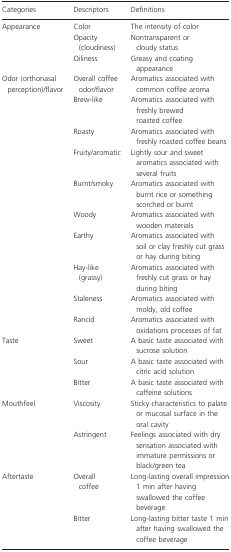
<table><thead><tr><td><b>Categories</b></td><td><b>Descriptors</b></td><td><b>Definitions</b></td></tr></thead><tbody><tr><td>Appearance</td><td>Color</td><td>The intensity of color</td></tr><tr><td></td><td>Opacity (cloudiness)</td><td>Nontransparent or cloudy status</td></tr><tr><td></td><td>Oiliness</td><td>Greasy and coating appearance</td></tr><tr><td rowspan="2">Odor (orthonasal perception)/flavor</td><td>Overall coffee odor/flavor</td><td>Aromatics associated with common coffee aroma</td></tr><tr><td>Brew-like</td><td>Aromatics associated with freshly brewed roasted coffee</td></tr><tr><td></td><td>Roasty</td><td>Aromatics associated with freshly roasted coffee beans</td></tr><tr><td></td><td>Fruity/aromatic</td><td>Lightly sour and sweet aromatics associated with several fruits</td></tr><tr><td></td><td>Burnt/smoky</td><td>Aromatics associated with burnt rice or something scorched or burnt</td></tr><tr><td></td><td>Woody</td><td>Aromatics associated with wooden materials</td></tr><tr><td></td><td>Earthy</td><td>Aromatics associated with soil or clay freshly cut grass or hay during biting</td></tr><tr><td></td><td>Hay-like (grassy)</td><td>Aromatics associated with freshly cut grass or hay during biting</td></tr><tr><td></td><td>Staleness</td><td>Aromatics associated with moldy, old coffee</td></tr><tr><td></td><td>Rancid</td><td>Aromatics associated with oxidations processes of fat</td></tr><tr><td>Taste</td><td>Sweet</td><td>A basic taste associated with sucrose solution</td></tr><tr><td></td><td>Sour</td><td>A basic taste associated with citric acid solution</td></tr><tr><td></td><td>Bitter</td><td>A basic taste associated with caffeine solutions</td></tr><tr><td>Mouthfeel</td><td>Viscosity</td><td>Sticky characteristics to palate or mucosal surface in the oral cavity</td></tr><tr><td></td><td>Astringent</td><td>Feelings associated with dry sensation associated with immature permissions or black/green tea</td></tr><tr><td>Aftertaste</td><td>Overall coffee</td><td>Long-lasting overall impression 1 min after having swallowed the coffee beverage</td></tr><tr><td></td><td>Bitter</td><td>Long-lasting bitter taste 1 min after having swallowed the coffee beverage</td></tr></tbody></table>